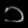
Digit: ၁